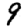
Digit: 9